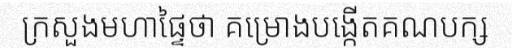
ក្រសួងមហាផ្ទៃថា គម្រោងបង្កើតគណបក្ស